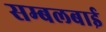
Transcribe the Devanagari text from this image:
सम्बलबाई